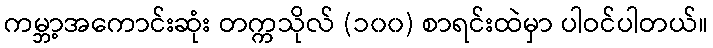
ကမ္ဘာ့အကောင်းဆုံး တက္ကသိုလ် (၁၀၀) စာရင်းထဲမှာ ပါဝင်ပါတယ်။